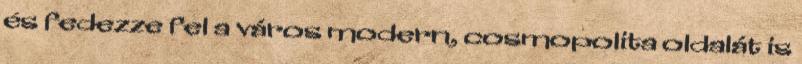
és fedezze fel a város modern, cosmopolita oldalát is